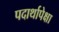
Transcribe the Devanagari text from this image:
पदार्थापेक्षा